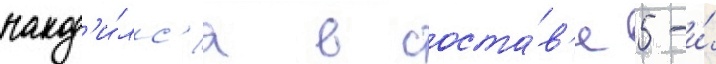
наход'и́лс'я в соста́в'е 5-и́